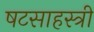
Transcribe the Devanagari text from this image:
षटसाहस्त्री